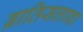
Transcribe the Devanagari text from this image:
ब्रातिसलावा